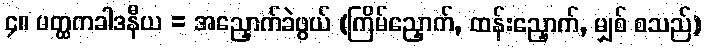
၄။ မတ္ထကခါဒနီယ = အညှောက်ခဲဖွယ် (ကြိမ်ညှောက်, ထန်းညှောက်, မျှစ် စသည်)